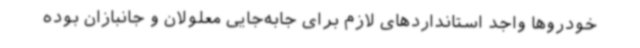
خودروها واجد استانداردهای لازم برای جابه‌جایی معلولان و جانبازان بوده